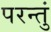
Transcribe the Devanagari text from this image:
परन्तुं